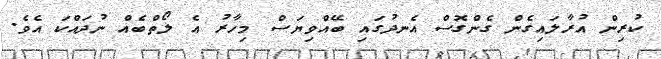
ކުރިން އުރާލައިގެން ގެންގޮސް އެނދުގައި ބޭއްވިޔަސް މިހާރު އެ ލޯތްބެއް ނުދައްކަ އެވެ.